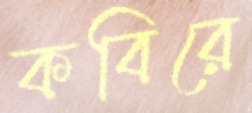
কবিরে